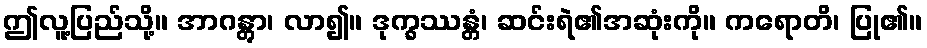
ဤလူ့ပြည်သို့။ အာဂန္တွာ၊ လာ၍။ ဒုက္ခဿန္တံ၊ ဆင်းရဲ၏အဆုံးကို။ ကရောတိ၊ ပြု၏။